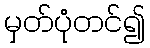
မှတ်ပုံတင်၍